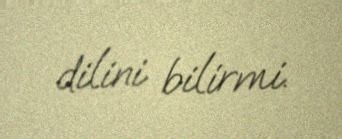
dilini bilirmi.